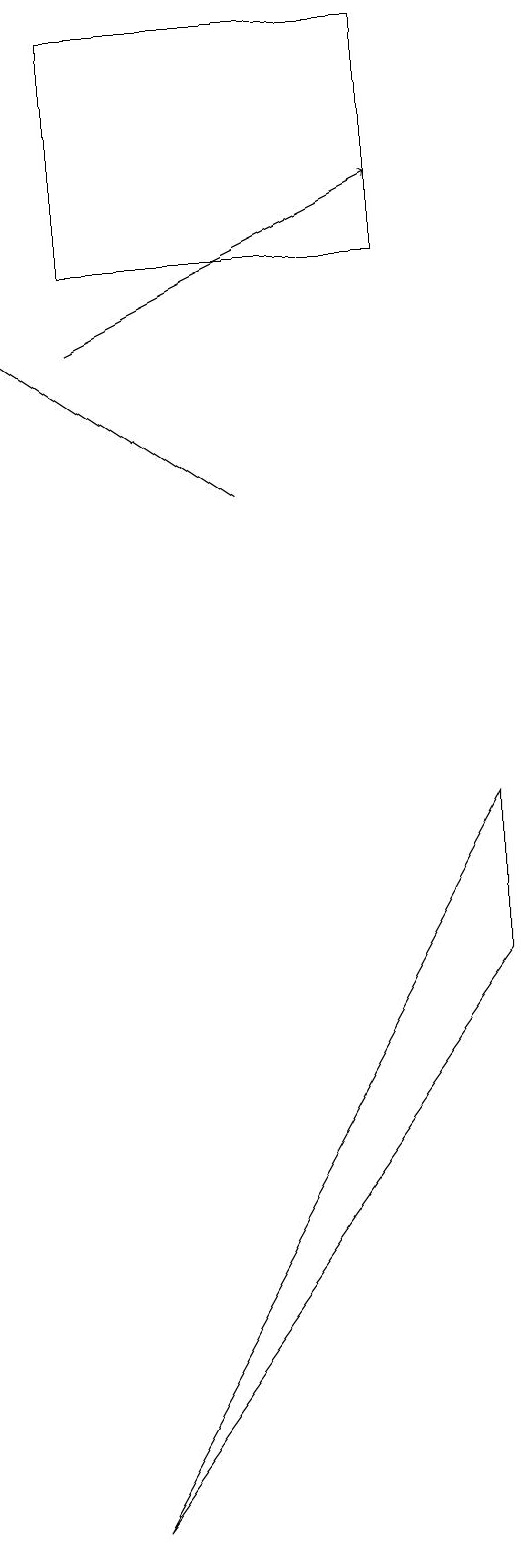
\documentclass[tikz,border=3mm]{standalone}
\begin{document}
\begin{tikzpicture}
\draw[->] (6,13) -- (3,15);
\draw (8,19) rectangle (4,16);
\draw[->] (4,15) -- (8,17);
\draw (9,9) -- (4,0) -- (9,7) -- cycle;
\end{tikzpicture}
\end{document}